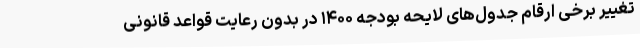
تغییر برخی ارقام جدول‌های لایحه بودجه ۱۴۰۰ در بدون رعایت قواعد قانونی